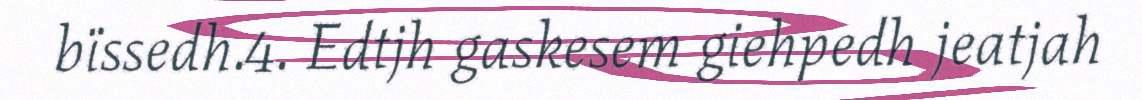
bïssedh.4. Edtjh gaskesem giehpedh jeatjah